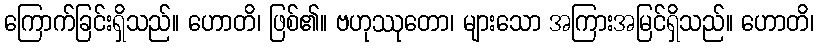
ကြောက်ခြင်းရှိသည်။ ဟောတိ၊ ဖြစ်၏။ ဗဟုဿုတော၊ များသော အကြားအမြင်ရှိသည်။ ဟောတိ၊